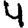
Digit: 4